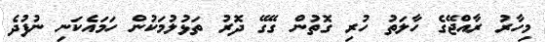
މިހާރު ރާއްޖޭގެ ހާލަތު ހުރި ގޮތުން ގޭގޭ ދޮރު ތަޅުލުމަކުން ހަމައެކަނި ނުފުދެ